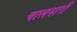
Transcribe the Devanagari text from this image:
चालनारी